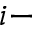
i -